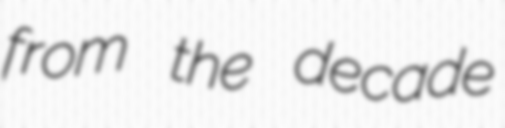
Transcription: from the decade